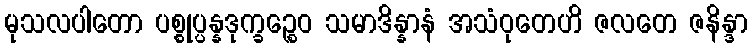
မုသလပါတော ပစ္စုပ္ပန္နဒုက္ခဉ္စေဝ သမာဒိန္နာနံ အသံဝုတေဟိ ဇလတေ ဇနိန္ဒာ